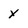
Character: y